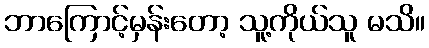
ဘာကြောင့်မှန်းတော့ သူ့ကိုယ်သူ မသိ။